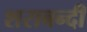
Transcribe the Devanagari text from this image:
शराबन्दी